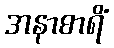
အနာစာရိံ